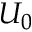
U _ { 0 }